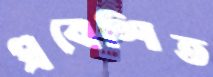
প্রবেশিত